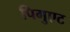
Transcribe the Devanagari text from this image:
पिगुएट